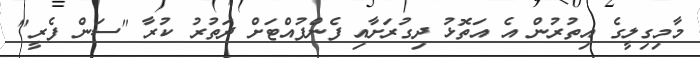
މާމިގިލީގެ އިތުރުން އެ އަތޮޅު ދިގުރަށާއި ފެންފުއްޓަށް ދަތުރު ކުރާ "ސަން ފެރީ"